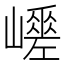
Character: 𡾑